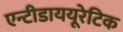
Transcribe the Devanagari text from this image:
एन्टीडाययूरेटिक